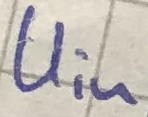
Text: Uin